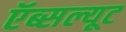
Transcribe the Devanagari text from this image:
ऍब्सल्यूट